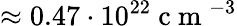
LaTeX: \approx 0.47\cdot 10^{22}\mathrm{~c~m~}^{-3}